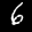
Label: 6